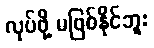
လုပ်ဖို့ မဖြစ်နိုင်ဘူး